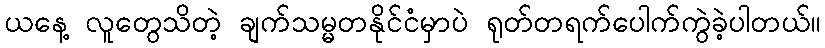
ယနေ့ လူတွေသိတဲ့ ချက်သမ္မတနိုင်ငံမှာပဲ ရုတ်တရက်ပေါက်ကွဲခဲ့ပါတယ်။